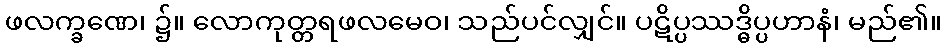
ဖလက္ခဏေ၊ ၌။ လောကုတ္တရဖလမေဝ၊ သည်ပင်လျှင်။ ပဋိပ္ပဿဒ္ဓိပ္ပဟာနံ၊ မည်၏။